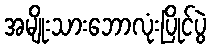
အမျိုးသားဘောလုံးပြိုင်ပွဲ